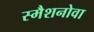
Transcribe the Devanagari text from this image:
स्मैशनोवा